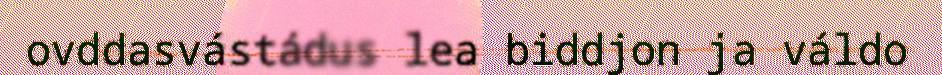
ovddasvástádus lea biddjon ja váldo